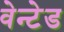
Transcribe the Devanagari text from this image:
वेन्टेड